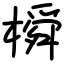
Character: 橓